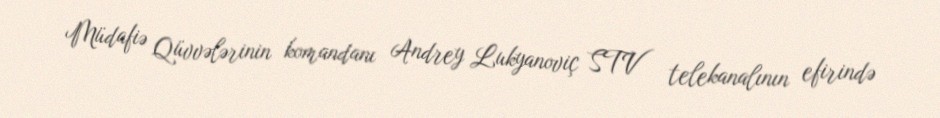
Müdafiə Qüvvələrinin komandanı Andrey Lukyanoviç STV telekanalının efirində